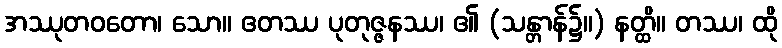
အဿုတဝတော၊ သော။ ဧတဿ ပုတုဇ္ဇနဿ၊ ၏ (သန္တာန်၌။) နတ္ထိ။ တဿ၊ ထို